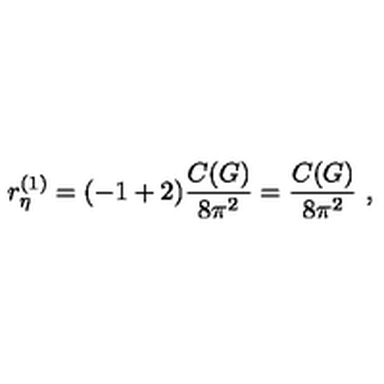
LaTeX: r _ { \eta } ^ { ( 1 ) } = ( - 1 + 2 ) \frac { C ( G ) } { 8 \pi ^ { 2 } } = \frac { C ( G ) } { 8 \pi ^ { 2 } } \ ,